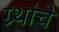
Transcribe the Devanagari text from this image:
ग्र्थांचे